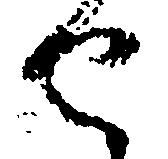
せ